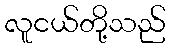
လူငယ်တို့သည်